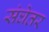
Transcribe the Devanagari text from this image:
संघेतर